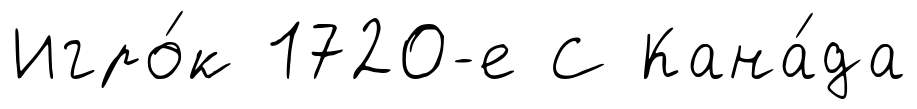
Игро́к 1720-е С Кана́да